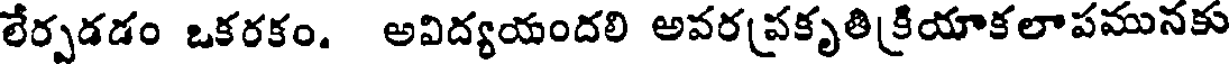
లేర్పడడం ఒకరకం. అవిద్యయందలి అవర(పకృతి[కియాకలాపమునకు